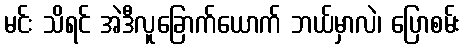
မင်း သိရင် အဲဒီလူခြောက်ယောက် ဘယ်မှာလဲ၊ ပြောစမ်း